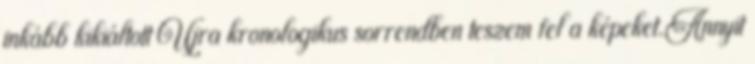
inkább kikiáltott Újra kronologikus sorrendben teszem fel a képeket.Annyit